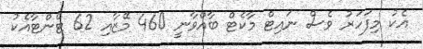
އެކު މިފަހަރު ވެސް ނައިޓް މާކެޓް ބާއްވާނީ 460 މޭޒާއި 62 ޓެންޓާއެކު